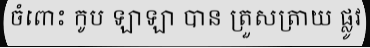
ចំពោះ កូប ឡាឡា បាន ត្រួសត្រាយ ផ្លូវ